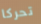
تحركا